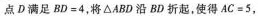
点D满足$$B D = 4$$，将△ABD沿BD折起，使得$$A C = 5$$，